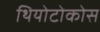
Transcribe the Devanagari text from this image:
थियोटोकोस